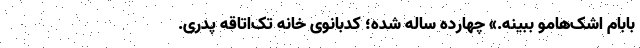
بابام اشک‌هامو ببینه.» چهارده ساله شده؛ کدبانوی خانه تک‌اتاقه پدری.